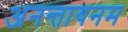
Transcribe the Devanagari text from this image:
अनन्तायनम